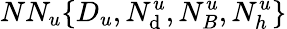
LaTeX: NN_{u}\{ D_{u},N_{\mathrm{d}}^{u},N_{B}^{u},N_{h}^{u}\}